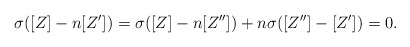
\begin{align*}\sigma ([Z]-n [Z'])= \sigma([Z]-n[Z'']) +n \sigma ([Z'']-[Z'])= 0.\end{align*}